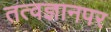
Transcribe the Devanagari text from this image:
तत्वज्ञानपर